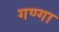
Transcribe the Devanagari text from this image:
गण्गा